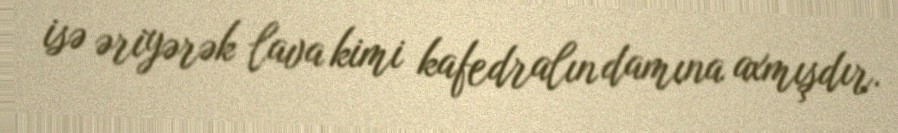
isə əriyərək lava kimi kafedralın damına axmışdır.